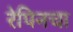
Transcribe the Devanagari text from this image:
रेपिनचा